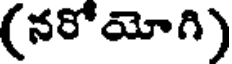
(నరోయోగి)